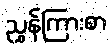
ညွှန်ကြားစာ